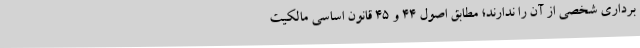
برداری شخصی از آن را ندارند؛ مطابق اصول 44 و 45 قانون اساسی مالکیت